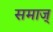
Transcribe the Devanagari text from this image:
समाज्